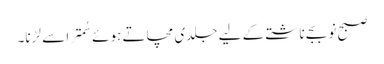
صبح نو بجے ناشتے کے لیے جلدی مچاتے ہوئے سُمترا سے لڑنا۔